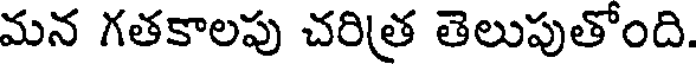
మన గతకాలపు చరిత్ర తెలుపుతోంది.